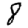
Digit: 8